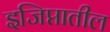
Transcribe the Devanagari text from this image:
इजिप्तातील